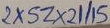
Text: 2XSZX21/15